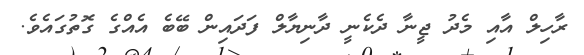
ރާހިލް އާއި މެދު ޖީނާ ދެކެނީ ދާނިޔާލް ފަދައިން ބޭބެ އެއްގެ ގޮތުގައެވެ.